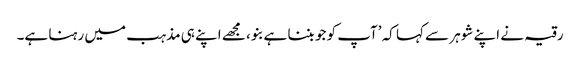
رقیہ نے اپنے شوہر سے کہا کہ ’آپ کو جو بننا ہے بنو، مجھے اپنے ہی مذہب میں رہنا ہے۔